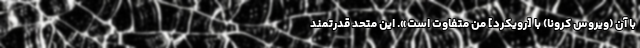
با آن (ویروس کرونا) با [رویکرد] من متفاوت است». این متحد قدرتمند